Annual administration report of the Civil Veterinary Department of India - 1895-1896
Year: 1895
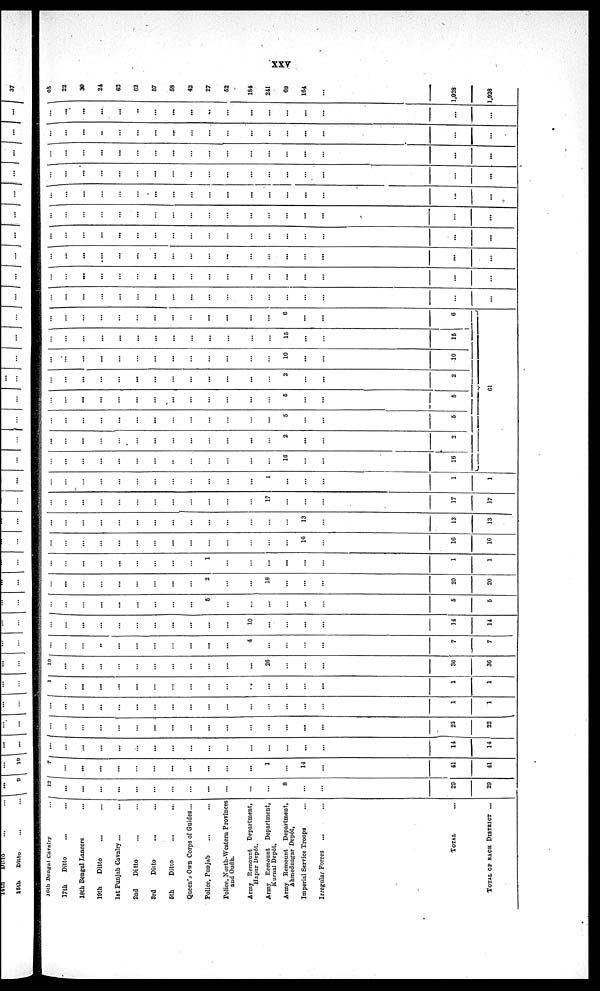
xxv
16th Bengal Cavalry ...
17th Ditto... ...
18th Bengal Lancers ...
19th
Ditto ... ...
1st Punjab Cavalry ... ...
2nd
Ditto ... ...
3rd
Ditto ... ...
5th
Ditto ... ...
Queen's Own Corps of Guides...
Police, Punjab ... ...
Police, North-Western Provinces
and Oudh.
Army Remount Department,
Hapur Depôt.
Army Remount Department,
Kurnal Depôt.
Army Remount Department,
Ahmednagar Depôt,
Imperial Service Troops ...
Irregular Forces
... ...
TOTAL...
TOTAL OF EACH DISTRICT ...
12
...
...
...
...
...
...
...
...
...
...
...
...
8
...
...
29
29
7 ...
...
...
...
...
...
...
...
...
...
...
1
...
14
...
41
41
...
...
...
...
...
...
...
...
...
...
...
...
...
...
...
...
14
14
...
...
...
...
...
...
...
...
...
...
...
...
...
...
...
...
22
22
...
...
...
...
...
...
...
...
...
...
...
...
...
...
...
...
1
1
1
...
...
...
...
...
...
...
...
...
...
...
...
...
...
...
1
1
10
...
...
...
...
...
...
...
...
...
...
...
26
...
...
...
36
36
...
...
...
...
...
...
...
...
...
...
...
4
...
...
...
...
7
7
...
...
...
...
...
...
...
...
...
...
...
10
...
...
...
...
14
14
...
...
...
...
...
...
...
...
...
5
...
...
...
...
...
...
5
5
...
...
...
...
...
...
...
...
...
2
...
...
18
...
...
...
20
20
...
...
...
...
...
...
...
...
...
1
...
...
...
...
...
...
1
1
...
...
...
...
...
...
...
...
...
...
...
...
...
...
16
...
16
16
...
...
...
...
...
...
...
...
...
...
...
...
...
...
13
...
13
13
...
...
...
...
...
...
...
...
...
...
...
...
17
...
...
...
17
17
...
...
...
...
...
...
...
...
...
...
...
...
1
...
...
...
1
1
...
...
...
...
...
...
...
...
...
...
...
...
...
16
...
...
16
...
...
...
...
...
...
...
...
...
...
...
...
...
2
...
...
2
...
...
...
...
...
...
...
...
...
...
...
...
...
5
...
...
5
...
...
...
...
...
...
...
...
...
...
...
...
...
5
...
...
5
...
...
...
...
...
...
...
...
...
...
...
...
...
2
...
...
2
...
...
...
...
...
...
...
...
...
...
...
...
...
10
...
...
10
...
...
...
...
...
...
...
...
...
...
...
...
...
15
...
...
15
...
...
...
...
...
...
...
...
...
...
...
...
...
6
...
...
6
61
...
...
...
...
...
...
...
...
...
...
...
...
...
...
...
...
...
...
...
...
...
...
...
...
...
...
...
...
...
...
...
...
...
...
...
...
...
...
...
....
...
...
...
...
...
...
...
...
...
...
...
...
...
...
...
...
...
...
...
...
...
...
...
...
...
...
...
...
...
...
...
...
...
...
...
...
...
...
...
...
...
...
...
...
...
...
...
...
...
...
...
...
...
...
...
...
...
...
...
...
...
...
...
...
...
...
...
...
...
...
...
...
...
...
...
...
...
...
...
...
...
...
...
...
...
...
...
...
...
...
...
...
...
...
...
...
...
...
...
...
...
...
...
...
...
...
...
...
...
...
...
...
...
...
...
...
...
...
...
...
...
...
...
...
...
...
...
...
...
...
...
..
...
...
...
...
...
...
...
...
65
22
39
24
62
62
57
58
42
27
52
184
241
69
164
...
1,928
1,928